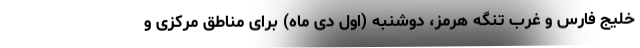
خلیج فارس و غرب تنگه هرمز، دوشنبه (اول دی ماه) برای مناطق مرکزی و